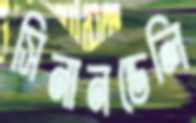
সিনানডেলি